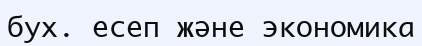
бух. есеп және экономика